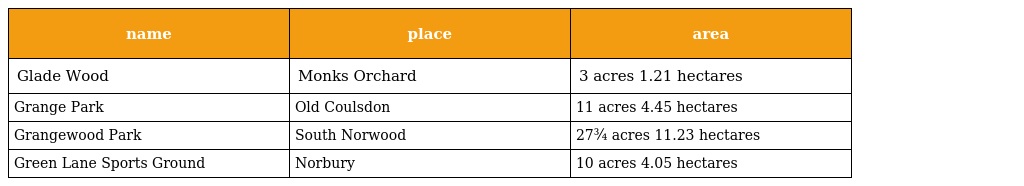
| name | place | area |
 | --- | --- | --- |
 | Glade Wood | Monks Orchard | 3 acres 1.21 hectares |
 | Grange Park | Old Coulsdon | 11 acres 4.45 hectares |
 | Grangewood Park | South Norwood | 27¾ acres 11.23 hectares |
 | Green Lane Sports Ground | Norbury | 10 acres 4.05 hectares |